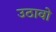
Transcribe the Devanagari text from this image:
उठावो